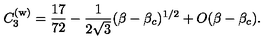
C _ { 3 } ^ { ( \mathrm { w } ) } = { \frac { 1 7 } { 7 2 } } - { \frac { 1 } { 2 \sqrt { 3 } } } ( \beta - \beta _ { c } ) ^ { 1 / 2 } + O ( \beta - \beta _ { c } ) .